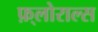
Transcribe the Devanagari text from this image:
फ़्लोराल्स